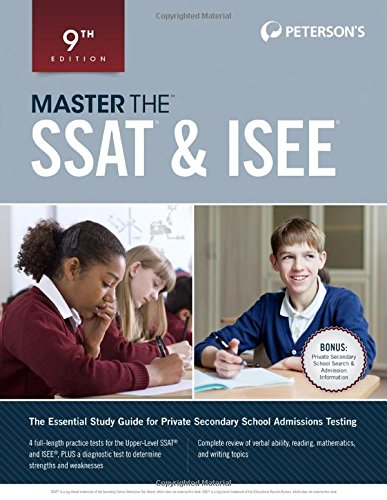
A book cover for Master the SSAT & ISEE (Peterson's Master the SSAT & ISEE); Peterson's; Test Preparation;